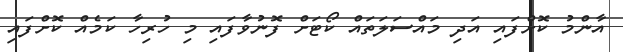
އާންމު ކޮށްފައި އަދި މައްސަލަތައް ކޯޓަށް ފޮނުވާފައި މި ހުރިހާ ކަމެއް ކޮށްފައި